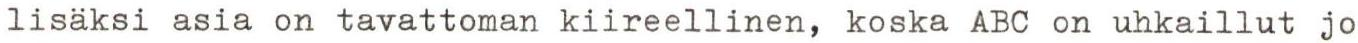
lisäksi asia on tavattoman kiireellinen, koska ABC on uhkaillut jo